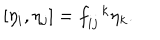
LaTeX: [ \eta _ { i } , \eta _ { j } ] = f _ { i j } ^ { \, \, \, \, k } \eta _ { k } .